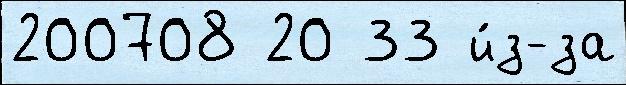
200708 20 33 и́з-за